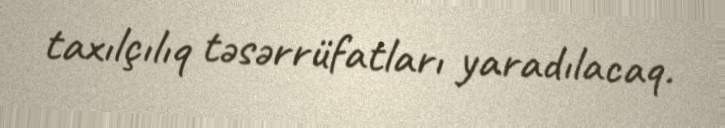
taxılçılıq təsərrüfatları yaradılacaq.